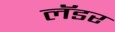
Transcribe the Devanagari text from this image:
लॅडर